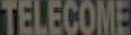
TELECOME